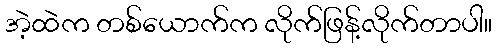
အဲ့ထဲက တစ်ယောက်က လိုက်ဖြန့်လိုက်တာပါ။